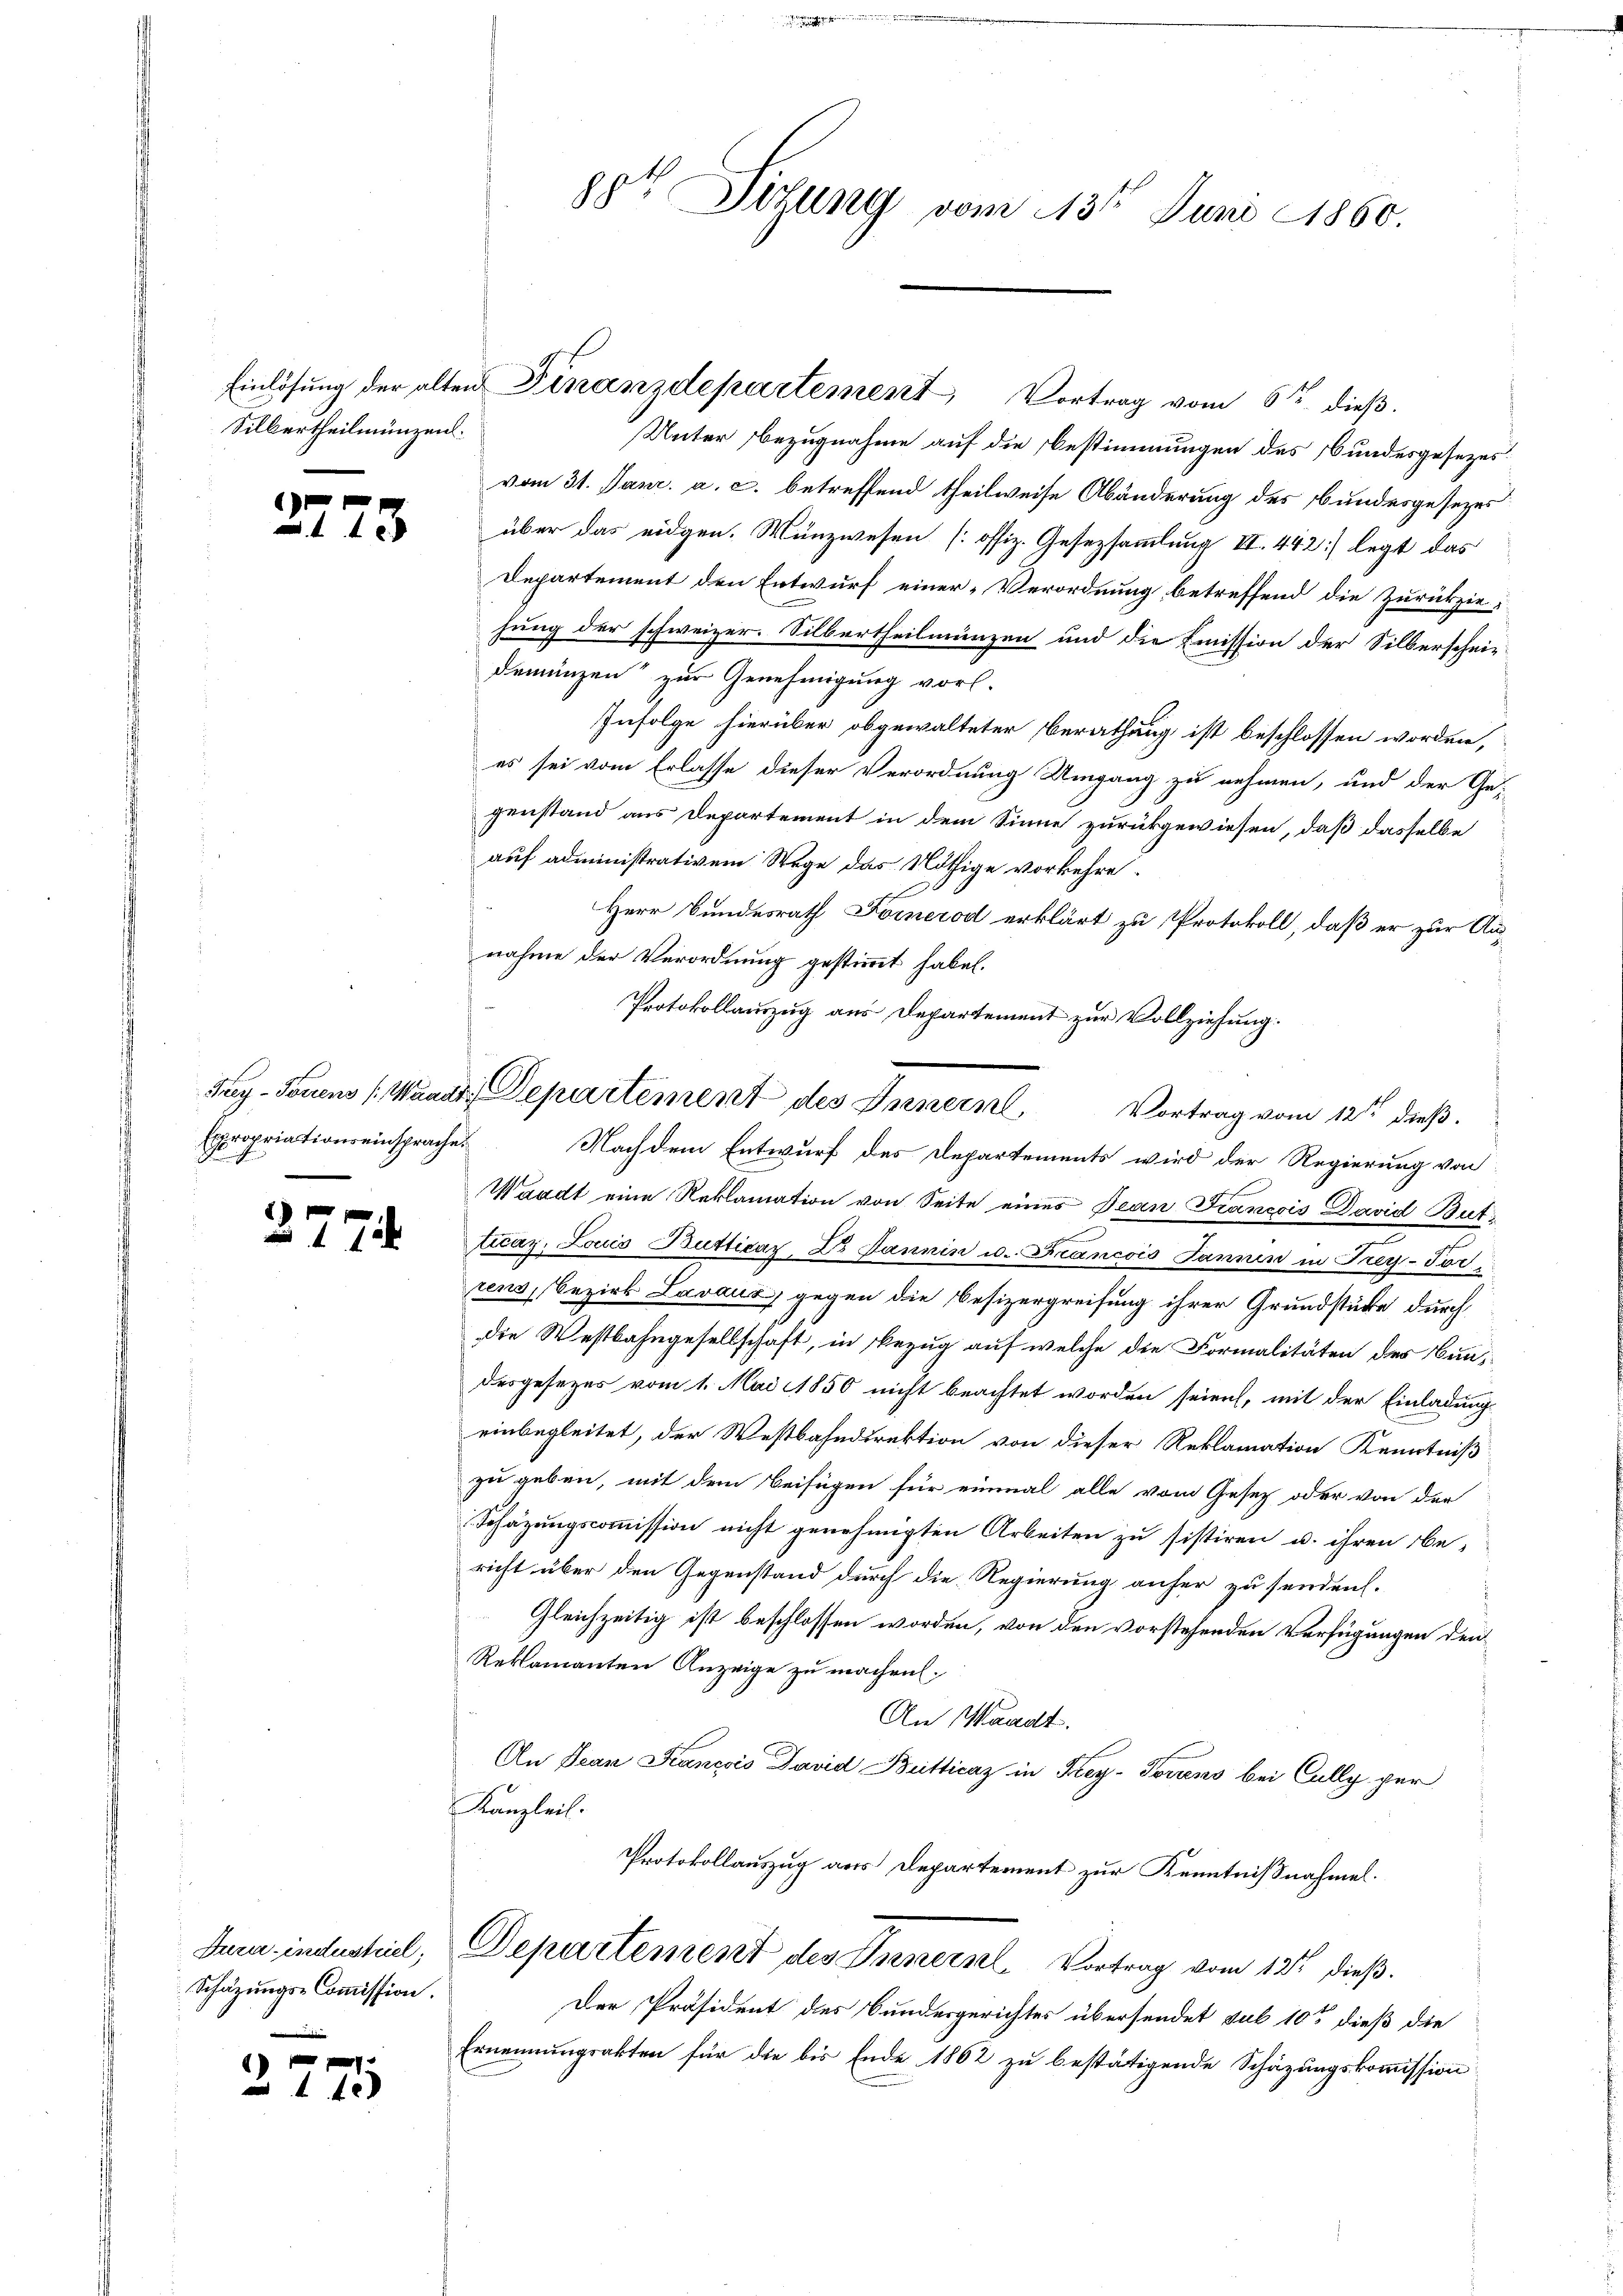
Silbertheilmünzen.

)
n

27

75

Expropriationseinsprache

1 f 0 x
10

Dura-industriel;
Schätzungs-Commission.

2

71

get Titung vom 13te͇n Juni 1860.

Unter Bezugnahme auf die Bestimmungen des Bundesgesezesvom 31. Janr. a. c. betreffend theilweise Abänderung des Bundesgesezes
über das eidgen. Münzwesen [offiz. Gesetzsammlung III. 442] legt das
Departement den Entwurf einer-Verordnung betreffend die Zurückziehung der schweizer. Silbertheilmünzen und die Emission der Silberschein-
demünzen zur Genehmigung vorl.
Infolge hierüber obgewalteter Berathung ist beschlossen worden,
es sei vom Erlasse dieser Verordnung Umgang zu nehmen, und der Gegenstand aus Departement in dem Sinne zurückgewiesen, daß dasselbe
auf administrativem Wege das Nöthige vorkehre.
Herr Bundesrath Fornerod erklärt zu Protokoll, daß er zur Annahme der Verordnung gestimmt habe.
Protokollauszug aus Departement zur Vollziehung.
Nachdem Entwurf des Departements wird der Regierung von
Waadt eine Reklamation von Seite eines Jean Francois David But
ticay. Louis Butticar Dr. Jannin u. Francois Pannen in Frey-Tör
rens, Bezirk Lavaux, gegen die Besizergreifung ihrer Grundstücke durch
die Westbahngesellschaft, in Bezug auf welche die Formalitäten des Bundesgesezes vom 1. Mai 1850 nicht beachtet worden seien, mit der Einladung
einbegleitet, der Westbahndirektion von dieser Reklamation Kenntniß
zu geben, mit dem Beifügen für einmal alle vom Gesetz oder von der
Schazungscommission nicht genehmigten Arbeiten zu sistiren u. ihren be-
richt über den Gegenstand durch die Regierung anher zu senden.
Gleichzeitig ist beschlossen worden, von den vorstehenden Verfügungen den
Reklamanten Anzeige zu machen.
An Waadt.
An Jean Francsis David Butticaz in Frey- Torrens bei Cally per
Kanzleil.
Protokollauszug aus Departement zur Kenntnißnahmel.
Departement des General. Vortrag vom 12ten dieß.
Der Präsident des Bundesgerichtes übersendet sub 10t dieß die
Ernennungsakten für die bis Ende 1862 zu bestätigende Schäzungskommission

Einlösung der alten Finanzdepartement, Vortrag vom 6ten dieß.

Tag-Touens (Waadt. Departement des Innern Vortrag vom 12ten dieß.